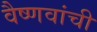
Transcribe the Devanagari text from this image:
वैष्णवांची